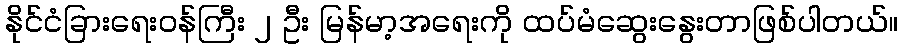
နိုင်ငံခြားရေးဝန်ကြီး ၂ ဦး မြန်မာ့အရေးကို ထပ်မံဆွေးနွေးတာဖြစ်ပါတယ်။